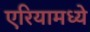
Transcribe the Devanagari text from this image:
एरियामध्ये